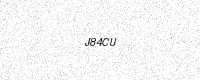
Text: J84CU